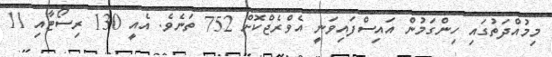
މިމުއްދަތުގައި ހިންގަމުން އައިސްފައިވަނީ އެވްރެޖްކޮށް 752 ތަނެވެ. އެއީ 130 ރިސޯޓާއި 11